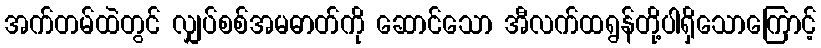
အက်တမ်ထဲတွင် လျှပ်စစ်အမဓာတ်ကို ဆောင်သော အီလက်ထရွန်တို့ပါရှိသောကြောင့်